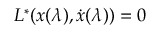
L ^ { * } ( x ( \lambda ) , { \dot { x } } ( \lambda ) ) = 0